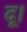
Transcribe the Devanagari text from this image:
दू।